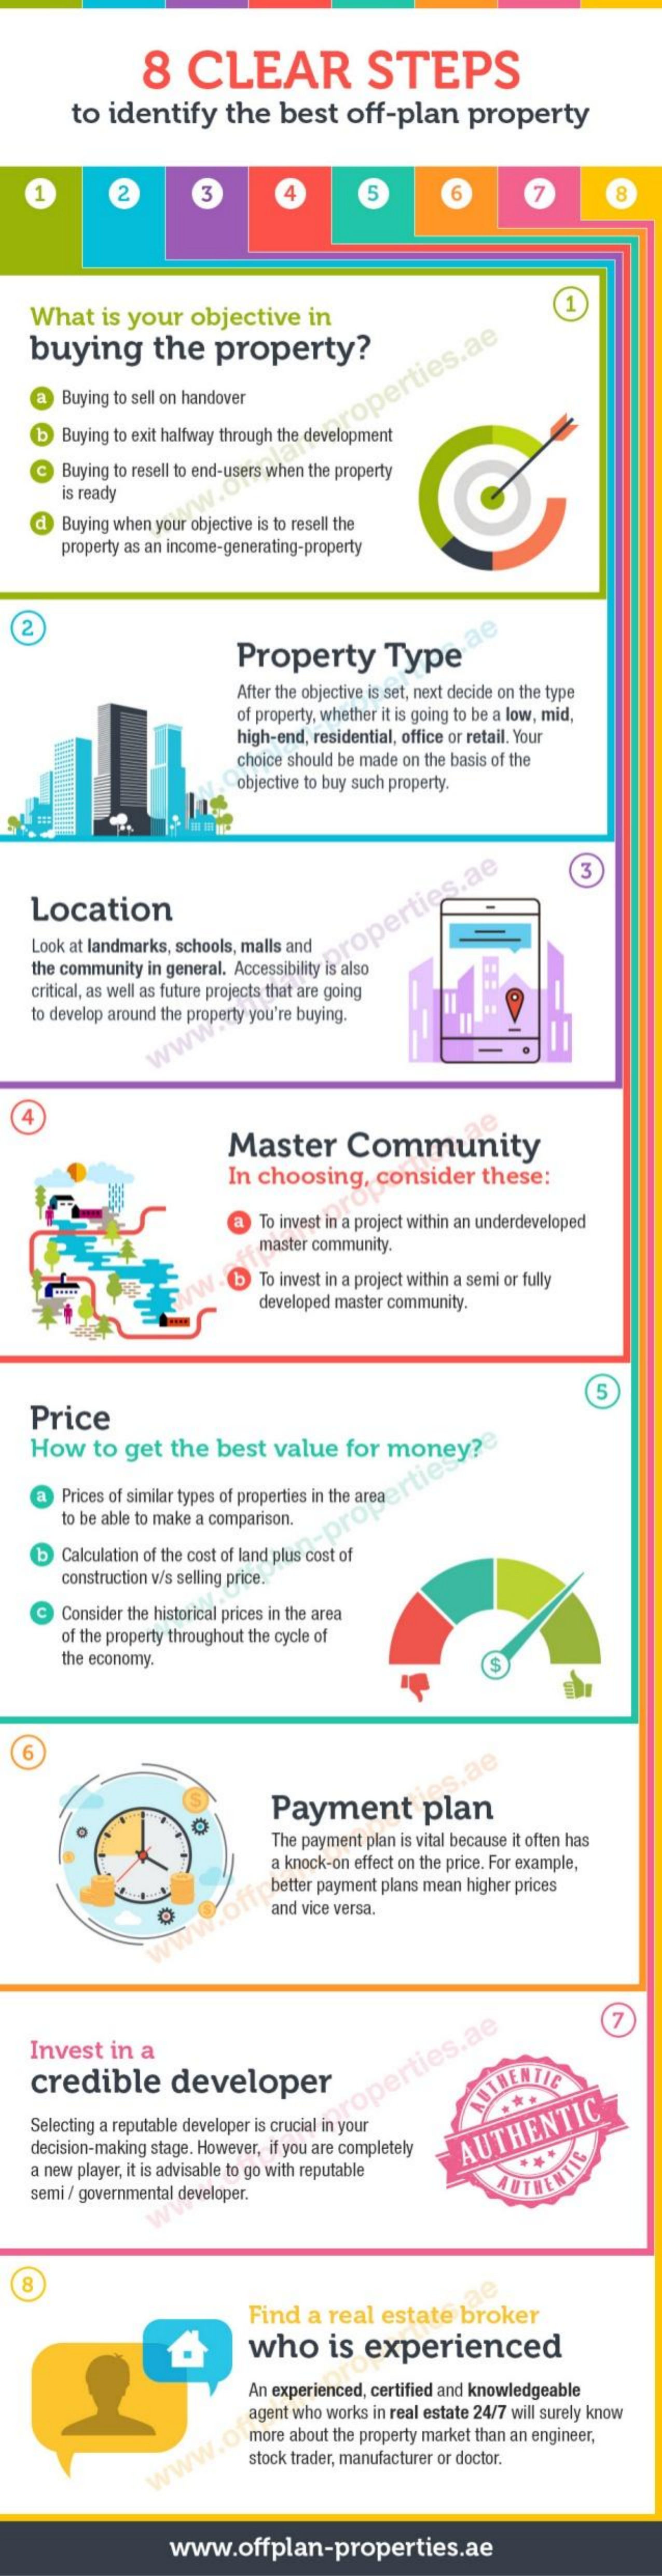
8    CLEAR    STEPS
     to identify    the   best   off-plan    property
     2    3    5    6    8
    What    is your   objective    in
     1
   buying    the    property?
    a  Buying to sell on handover
    b  Buying to exit halfway through the development
     operties.ae
     Buying to resell to end-users when the property
     is ready
    d  Buying when your objective is to resell the
     property as an income-generating-property
   2
     Property    Type
     ae
     After the objective is set, next decide on the type
     of property, whether it is going to be a low, mid,
     high-end, residential, office or retail. Your
     choice should be made on the basis of the
     objective to buy such property.
     3
    Location
    Look at landmarks, schools, malls and
    the community in general. Accessibility is also
     roperties.ae
    critical, as well as future projects that are going
    to develop around the property you're buying.
     www
  4
     Master    Community
     In choosing,    consider    these:
     To invest in a project within an underdeveloped
     master community.
     W-    To invest in a project within a semi or fully
     developed master community.
     5
    Price
    How   to  get   the  best  value   for  money?
    a  Prices of similar types of properties in the areaer ties
     to be able to make a comparison.
     Calculation of the cost of land plus cost of
     construction v/s selling price."
     Consider the historical prices in the area
     of the property throughout the cycle of
     the economy.
   6
     ae
     Payment    plan
     The payment plan is vital because it often has
     a knock-on effect on the price. For example,
     better payment plans mean higher prices
     and vice versa.
     7
    Invest  in  a
    credible    developer
    Selecting a reputable developer is crucial in your
     coperties.ae  AUTHENTIC
    decision-making stage. However, if you are completely
    a new player, it is advisable to go with reputable
     AUTHENTIC
    semi / governmental developer.
     AUTHENTIC
   8
     Find  a real   estate  broker
     who    is   experienced
     An experienced, certified and knowledgeable
     agent who works in real estate 24/7 will surely know
     more about the property market than an engineer,
     stock trader, manufacturer or doctor. www.of
     www.offplan-properties.ae